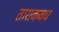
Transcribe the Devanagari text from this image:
ताराकवध